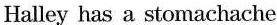
Halley has a stomachache